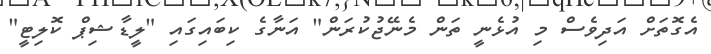
އެގޮތަށް އަދިވެސް މި އުޅެނީ ތަން މެނޭޖުކުރަން" އަނާގެ ކިބައިގައި "ލީޑާޝިޕް ކޮލިޓީ"